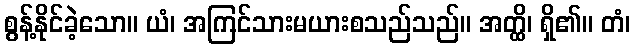
စွန့်နိုင်ခဲ့သော။ ယံ၊ အကြင်သားမယားစသည်သည်။ အတ္ထိ၊ ရှိ၏။ တံ၊